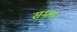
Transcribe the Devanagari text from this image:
सभग